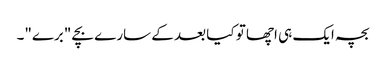
بچہ ایک ہی اچھا تو کیا بعد کے سارے بچے "برے"۔